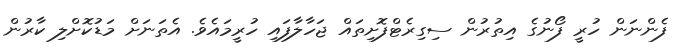
ފެންނަން ހުރީ ފޯނުގެ އިތުރުން ސިގިރެޓްފޮށިތައް ޖަހާލާފައި ހުރީމައެވެ. އެތަނަށް މަޑުކޮށްލި ކާރުން